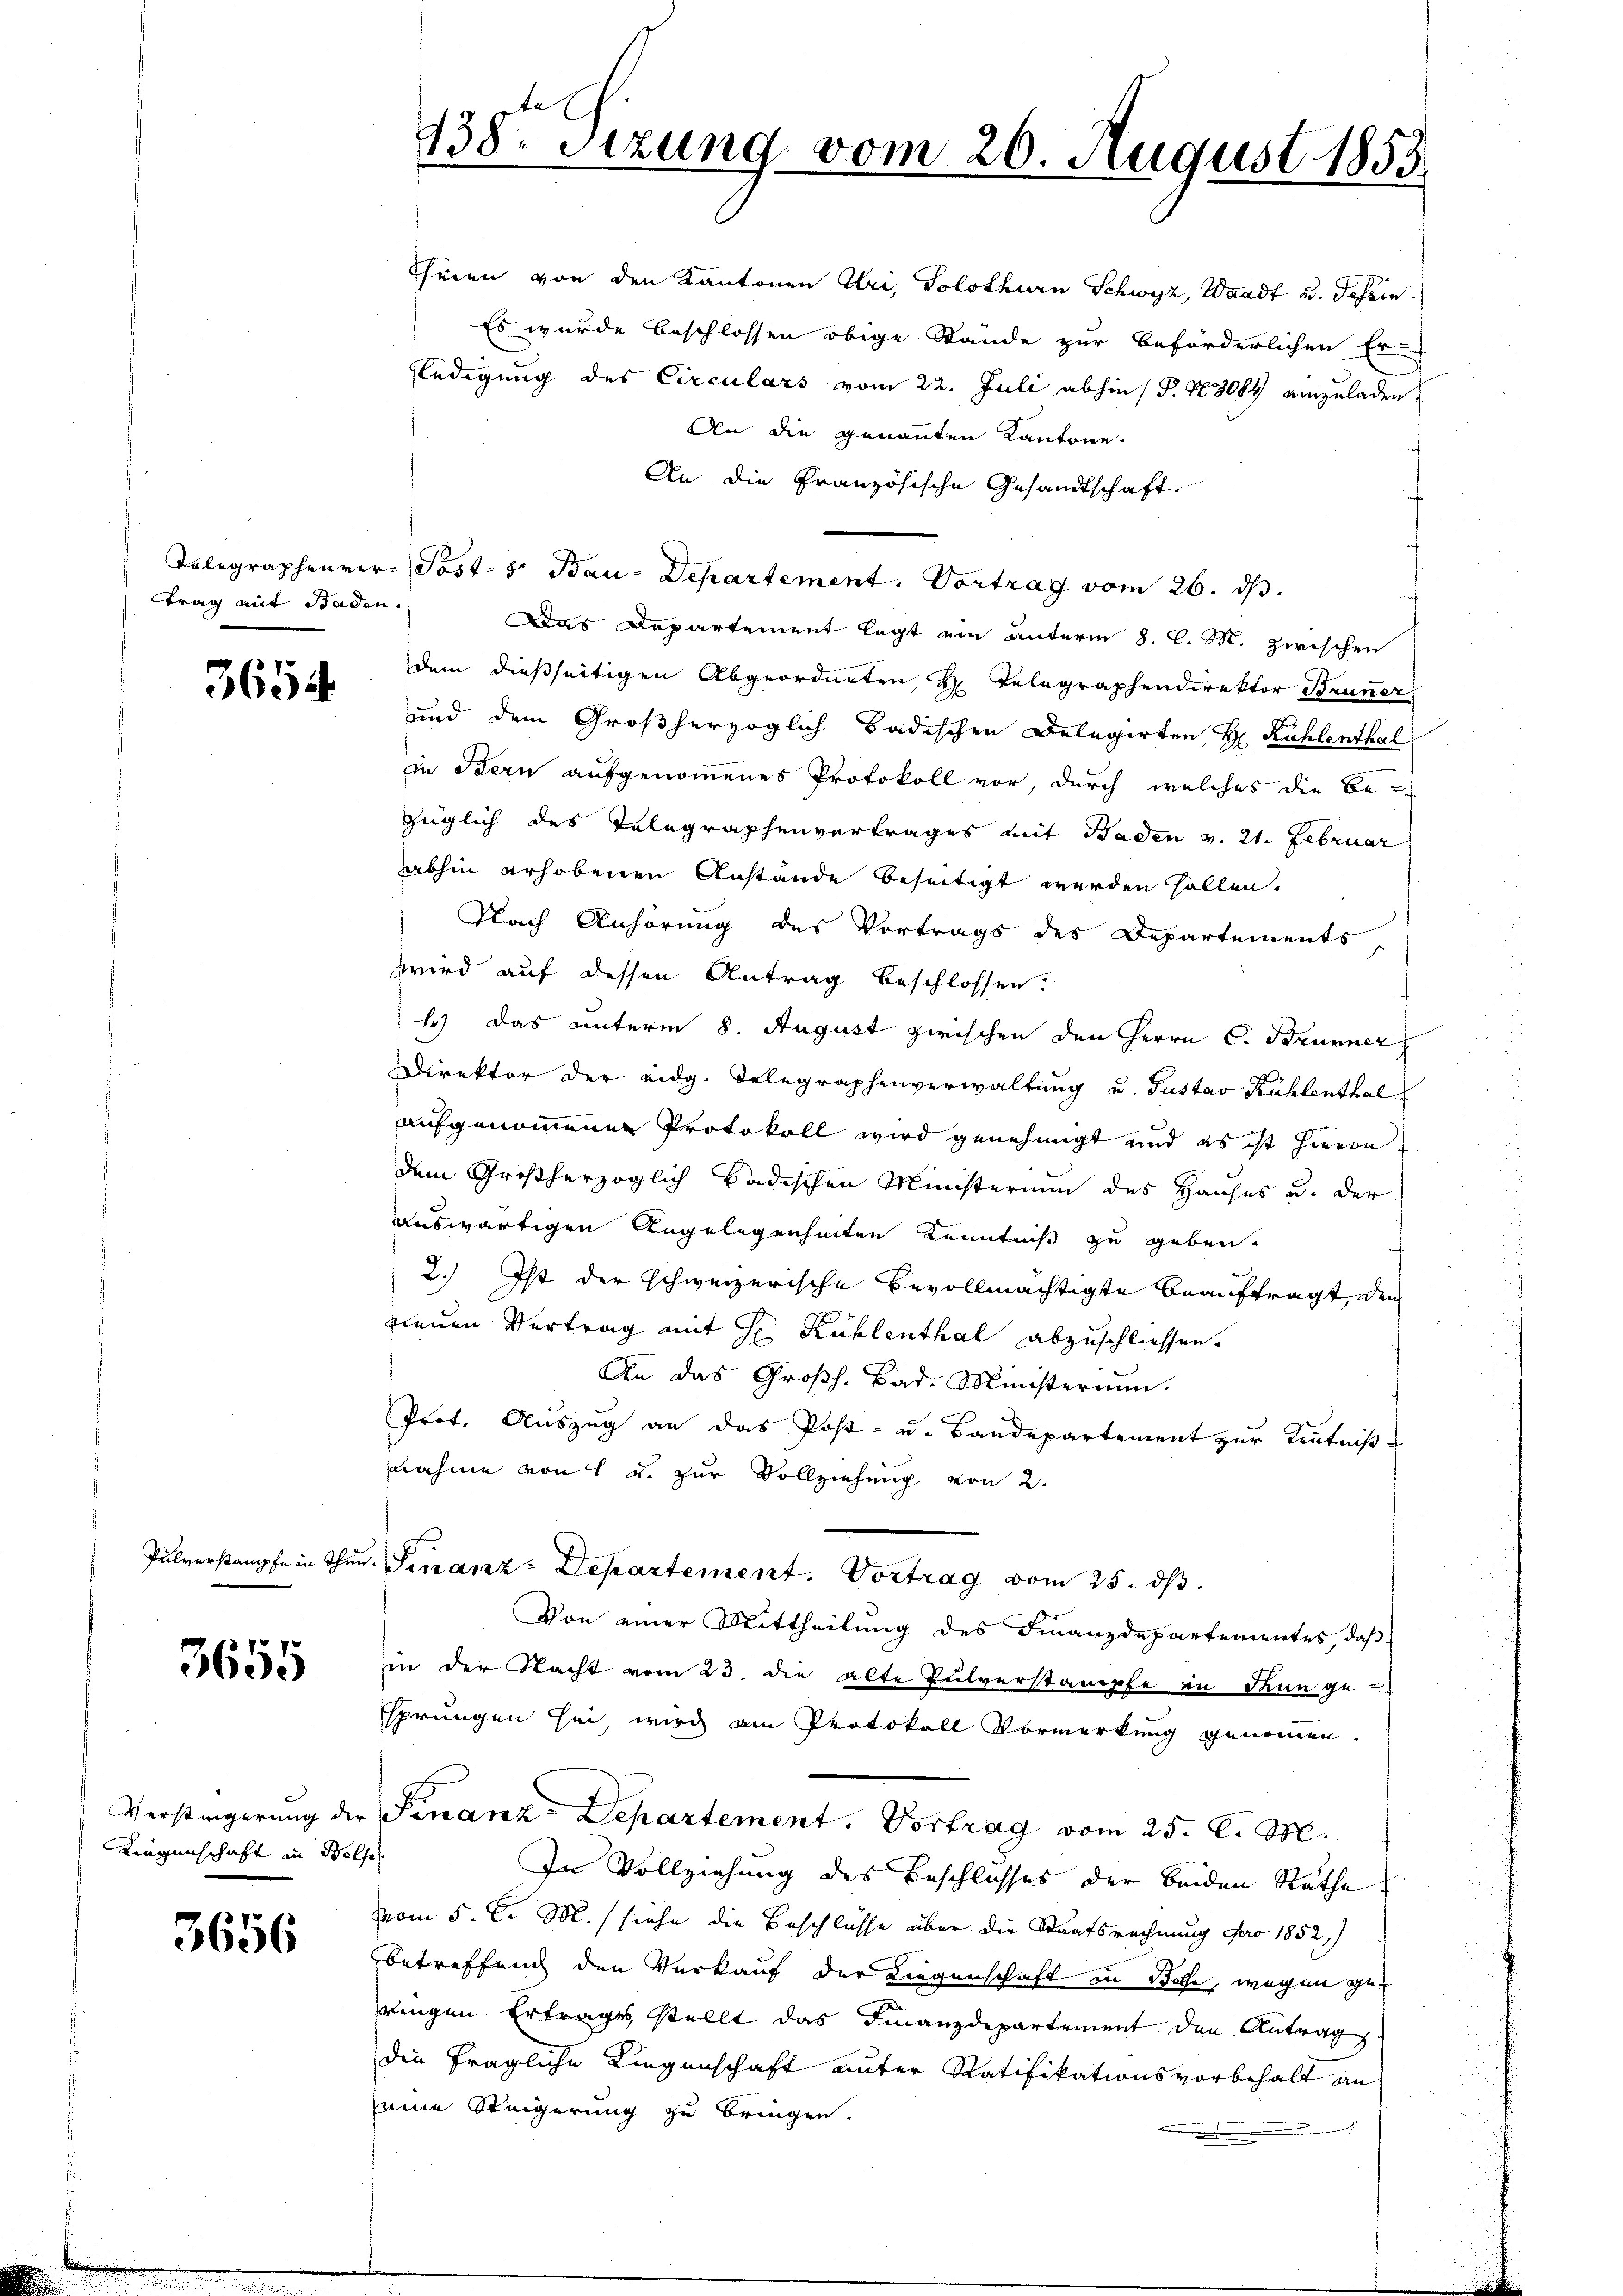
trag mit Baden.

3654.

3655

Liegenschaft in Felse

3656

Seien von den Kantonen Uri, Solothurn Schwyz, Waadt u. Tessin.
Es wurde beschlossen obige Stände zur beförderlichen Er-
ledigung des Circulars vom 22. Juli abhin (§. 103004 einzuladen,
An die genannten Kantone.
An die Französische Gesandtschaft.
Telegraphenver-Post- & Bau-Departement. Vortrag vom 26. ds.
Das Departement legt ein unterm 8. C. M. zwischen
dem dießseitigen Abgeordneten H. Telegraphendirektor Brunner
und dem Großherzoglich Badischen Delegirten H. Kühlenthal
in Bern aufgenommenes Protokoll vor, durch welches die Bezüglich des Telegraphenvertrages mit Baden v. 21. Februar
abhin erhobenen Anstände beseitigt werden sollen.
Nach Anhörung des Vortrags des Departements,
wird auf dessen Antrag beschlossen.
1.) Das unterm 8. August zwischen den Herrn C. Brunner
Direktor der eidg. Telegraphenverwaltung u. Gustav Kühlenthal
aufgenommenen Protokoll wird genehmigt und es ist hieron
dem Großherzoglich badischen Ministerium des Hauses u. der
auswärtigen Angelegenheiten Kenntniß zu geben.
f
2.) Ist der schweizerische Bevollmächtigte beauftragt, den
neuen Vertrag mit Hr. Kühlenthal abzuschliessen.
An das Großh. Bad. Ministerium.
Prof. Auszug an das Post- u. Bandepartement zur Kenntniß-
nahme von 1 u. zur Vollziehung von 2.
Pulverstampfe in Thun. Sinanz-Departement. Vortrag vom 25. ds.
Von einer Mittheilung des Finanzdepartementes, daß
in der Nacht vom 23. die alte Pulverstampfe in Thun ge-
sprungen sei, wird am Protokoll Vormerkung genommen.
Verstingerung der Finanz-Departement. Vortrag vom 25. d. M.
In Vollziehung des Beschlosses der beiden Räthe
vom 5. d. M. (siehe die Beschlüsse über die Staatsrechnung der 1852)
betreffend den Verkauf der Liegenschaft in Bethe, wegen geringen Ertrages stellt das Finanzdepartement den Antrag
die fragliche Liegenschaft unter Ratifikationsvorbehalt an
seine Steigerung zu bringen.

138. Sizung vom 26. August 1853.